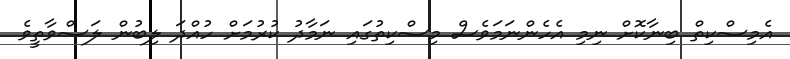
އެމިސްކިތް ބިނާކޮށް ނިމި އެހެންނަމަވެސް މިސްކިތުގައި ނަމާދު ކުރުމަށް ހުއްދަ ލިބުން ލަސްވާތީވެ